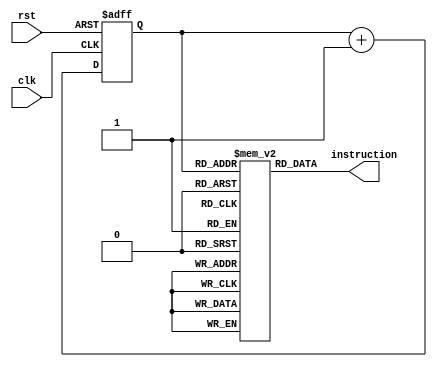
module Fetch (
    input wire clk,
    input wire rst,
    output reg [15:0] instruction
);

reg [15:0] memory [0:1023]; 
reg [9:0] PC;

always @(posedge clk or posedge rst) begin
    if (rst) begin
        PC <= 0; // Reset PC to 0
    end else begin
        PC <= PC + 1; 
    end
end

always @(*) begin
    instruction = memory[PC];
end

endmodule